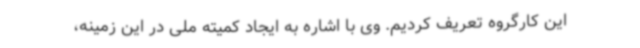
این کارگروه تعریف کردیم. وی با اشاره به ایجاد کمیته ملی در این زمینه،